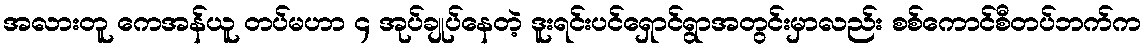
အလားတူ ကေအန်ယူ တပ်မဟာ ၄ အုပ်ချုပ်နေတဲ့ ဒူးရင်းပင်ရှောင်ရွာအတွင်းမှာလည်း စစ်ကောင်စီတပ်ဘက်က